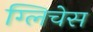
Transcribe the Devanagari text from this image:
ग्लिचेस